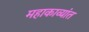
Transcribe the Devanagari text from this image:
महाकाव्यांत